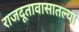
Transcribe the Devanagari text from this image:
राजदूतावासातल्या